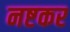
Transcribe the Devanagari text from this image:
नष्टकर